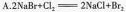
A.$$2NaBr+Cl_{2}=2NaCl+Br_{2}$$